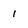
Character: I